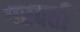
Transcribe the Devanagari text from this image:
परवतीं